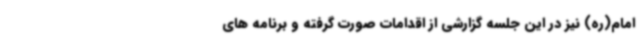
امام(ره) نیز در این جلسه گزارشی از اقدامات صورت گرفته و برنامه های